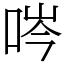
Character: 㖗